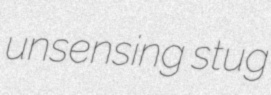
unsensing stug